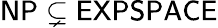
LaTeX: \mathsf{NP\subsetneq EXPSPACE}